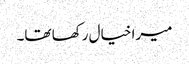
میرا خیال رکھا تھا۔